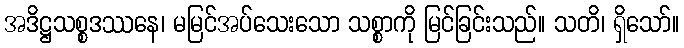
အဒိဋ္ဌသစ္စဒဿနေ၊ မမြင်အပ်သေးသော သစ္စာကို မြင်ခြင်းသည်။ သတိ၊ ရှိသော်။